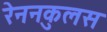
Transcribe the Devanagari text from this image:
रेननकुलस